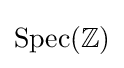
{\text{Spec}}(\mathbb {Z} )